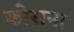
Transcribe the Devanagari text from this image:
कोराना